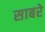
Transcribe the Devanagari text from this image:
साबरे